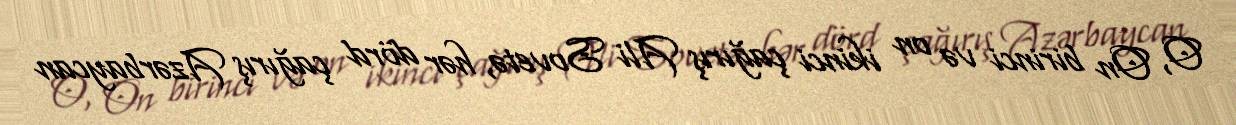
O, On birinci və on ikinci çağırış Ali Sovetə, hər dörd çağırış Azərbaycan